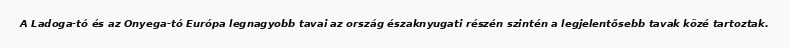
A Ladoga-tó és az Onyega-tó Európa legnagyobb tavai az ország északnyugati részén szintén a legjelentősebb tavak közé tartoztak.